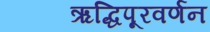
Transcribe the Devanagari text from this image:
ऋद्धिपूरवर्णन